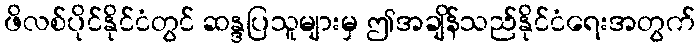
ဖိလစ်ပိုင်နိုင်ငံတွင် ဆန္ဒပြသူများမှ ဤအချိန်သည်နိုင်ငံရေးအတွက်